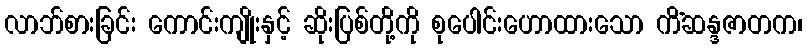
လာဘ်စားခြင်း ကောင်းကျိုးနှင့် ဆိုးပြစ်တို့ကို စုပေါင်းဟောထားသော ကိံဆန္ဒဇာတက၊